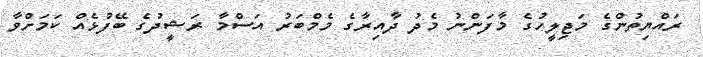
ރައްޔިތުންގެ މަޖިލީހުގެ މާފަންނު މެދު ދާއިރާގެ މެމްބަރު އަސްމާ ރަޝީދުގެ ބޭފުޅެއް ކަމަށްވާ